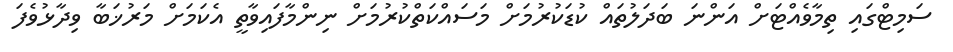
ސަމިޓްގައި ތިމާވެއްޓަށް އަންނަ ބަދަލުތައް ކުޑަކުރުމަށް މަސައްކަތްކުރުމަށް ނިންމާފައިވާތީ އެކަމަށް މަރުޚަބާ ވިދާޅުވެފަ